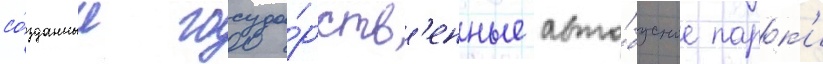
со́зданные госуда́рств'енные авто́бусные парк'и